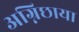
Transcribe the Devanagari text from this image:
अग्निछाया